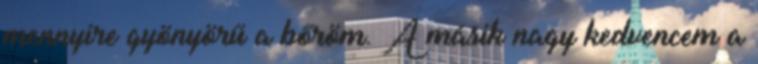
mennyire gyönyörű a bőröm. A másik nagy kedvencem a